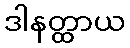
ဒါနတ္ထာယ